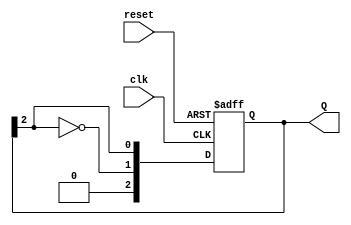
module johnson_counter #(parameter N = 3) (
    input wire clk,          // Clock signal
    input wire reset,        // Asynchronous reset
    output reg [N-1:0] Q     // Output state of the counter
);

    // Always block triggered on the rising edge of the clock or on reset
    always @(posedge clk or posedge reset) begin
        if (reset) begin
            // Initialize all flip-flops to 0 on reset
            Q <= 0;
        end else begin
            // Johnson counter state transition
            Q <= {~Q[N-1], Q[N-1:N-1]}; // Shift and feed back inverted last bit
        end
    end
endmodule